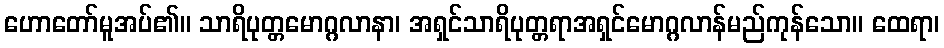
ဟောတော်မူအပ်၏။ သာရိပုတ္တမောဂ္ဂလာနာ၊ အရှင်သာရိပုတ္တရာအရှင်မောဂ္ဂလာန်မည်ကုန်သော။ ထေရာ၊